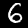
Label: 6